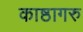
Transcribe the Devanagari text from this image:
काष्ठागरु